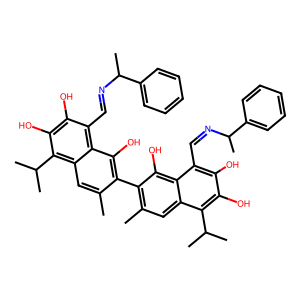
SMILES: Cc1cc2c(C(C)C)c(O)c(O)c(C=NC(C)c3ccccc3)c2c(O)c1-c1c(C)cc2c(C(C)C)c(O)c(O)c(C=NC(C)c3ccccc3)c2c1O
Inhibits HIV replication: No